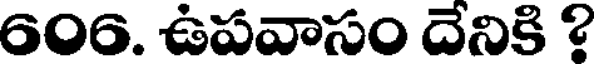
606. ఉపవాసం దేనికి ?